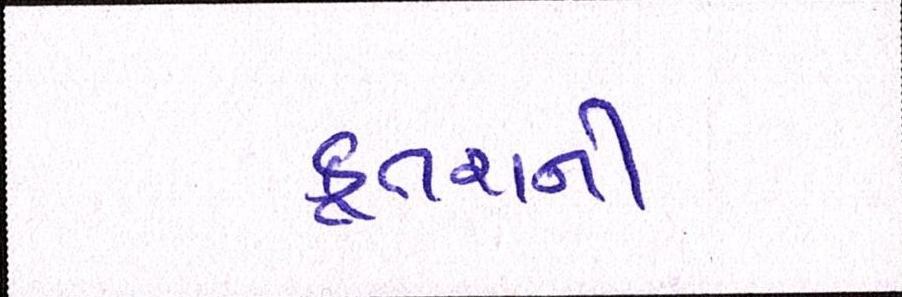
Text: કૂતરાની